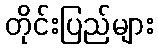
တိုင်းပြည်များ